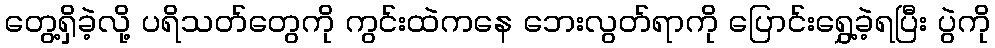
တွေ့ရှိခဲ့လို့ ပရိသတ်တွေကို ကွင်းထဲကနေ ဘေးလွတ်ရာကို ပြောင်းရွှေ့ခဲ့ရပြီး ပွဲကို